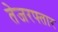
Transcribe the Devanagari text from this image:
तेजरफ्तार